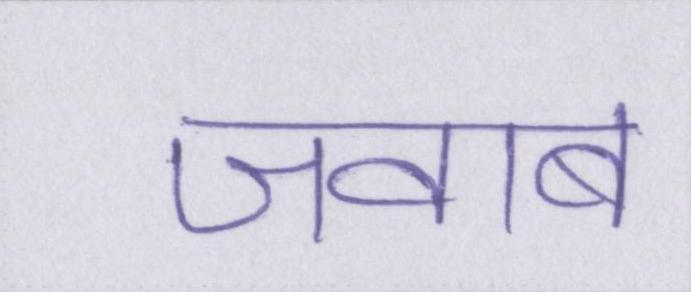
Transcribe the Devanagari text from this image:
जवाब